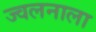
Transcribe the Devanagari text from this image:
ज्वलनाला